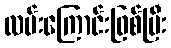
လမ်းကြောင်းဖြစ်ပြီး